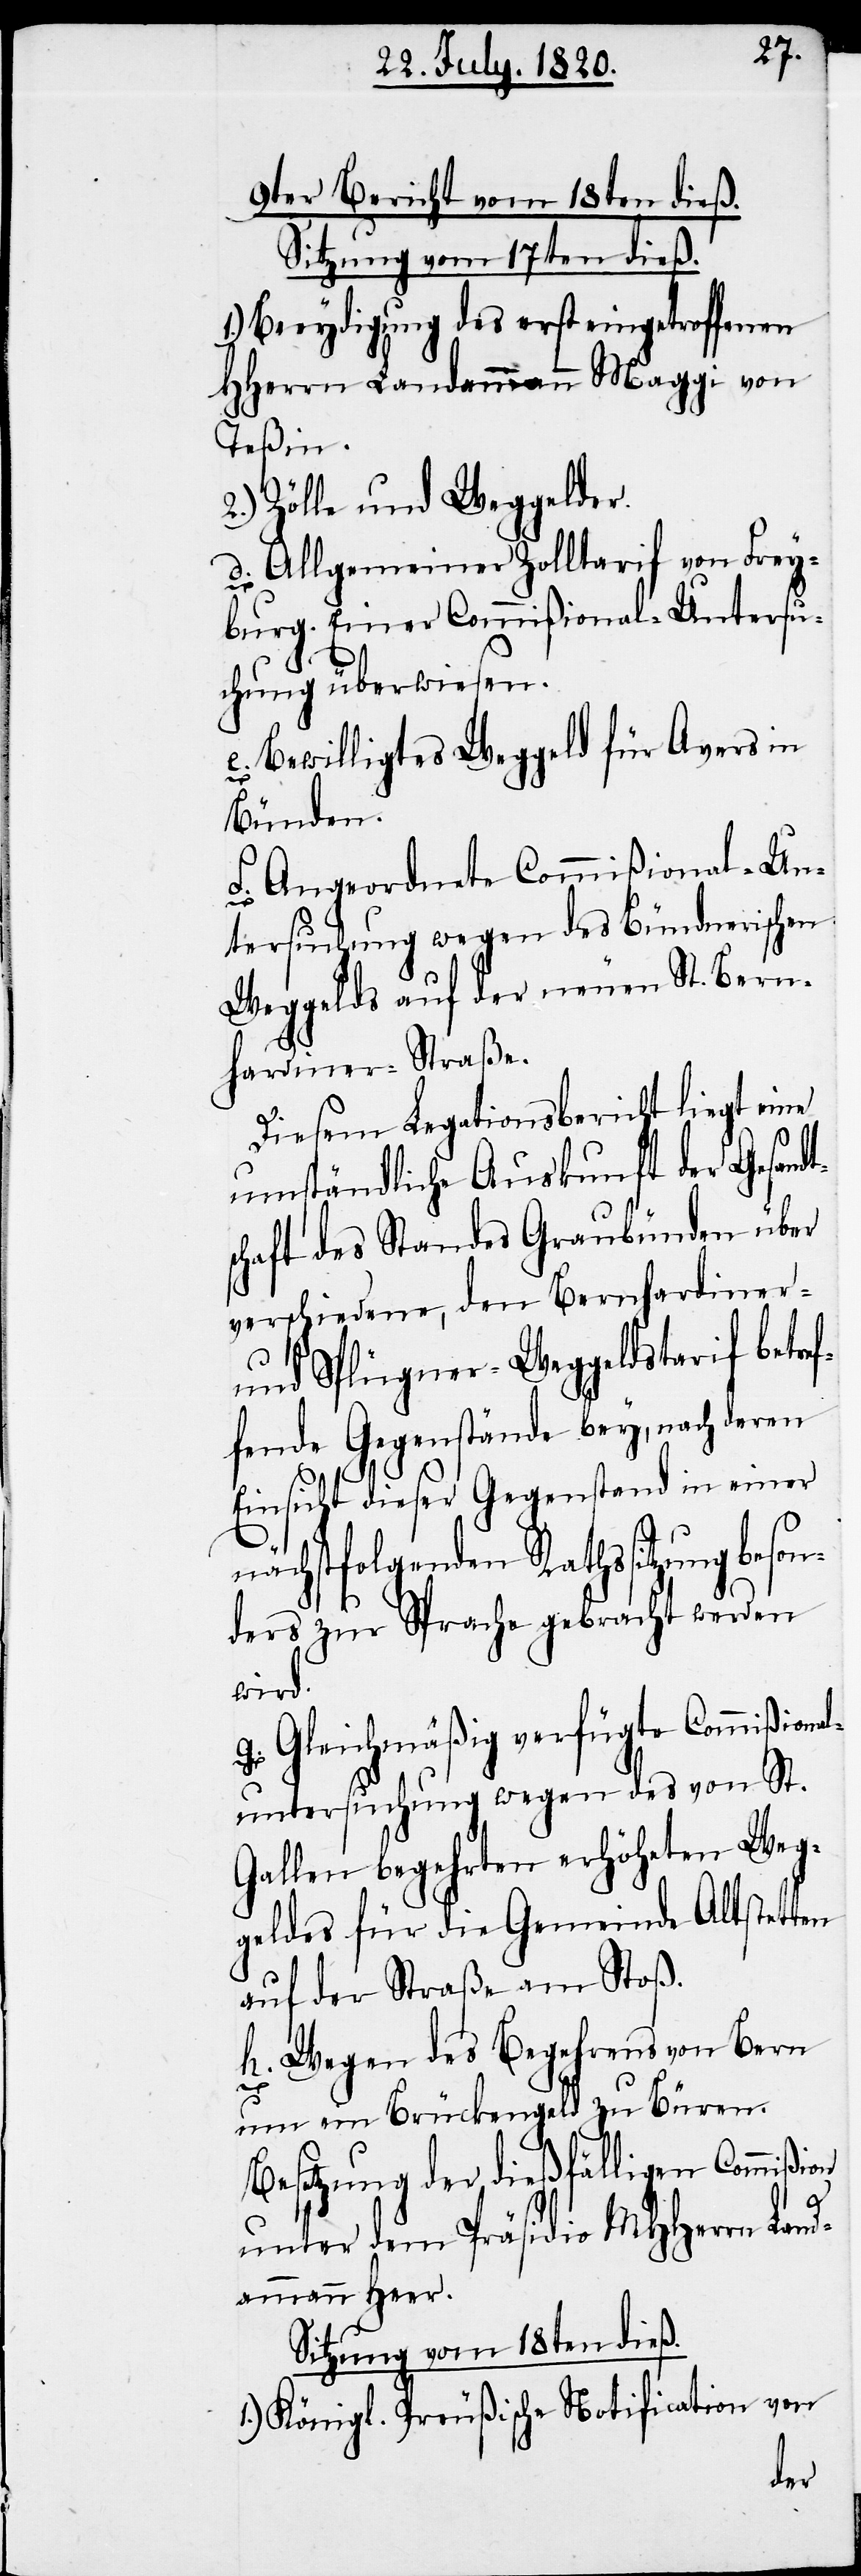
9ter Bericht vom 18ten dieß.
Sitzung vom 17ten dieß.
Beeydigung des erst eingetroffenen
HHerrn Landammann Maggi von
Teßin.
2.) Zölle und Weggelder.
d. Allgemeiner Zolltarif von Frey¬
burg. Einer Commißional-Untersu¬
chung überwiesen.
e. Bewilligtes Weggeld für Avers in
Bünden.
f. Angeordnete Commißional-Un¬
tersuchung wegen des Bündnerischen
Weggelds auf der neuen St. Bern¬
hardiner-Straße.
Diesem Legationsbericht liegt eine
umständliche Auskunft der Gesandt¬
schaft des Standes Graubünden über
verschiedene, den Bernhardiner-
und Splügner-Weggeldstarif betref¬
fende Gegenstände bey, nach deren
Einsicht dieser Gegenstand in einer
nächstfolgenden Rathssitzung beson¬
ders zur Sprache gebracht werden
wird.
g. Gleichmäßig verfügte Comißional¬
untersuchung wegen des von St.
Gallen begehrten erhöheten Weg¬
geldes für die Gemeinde Altstetten
auf der Straße am Stoß.
h. Wegen des Begehrens von Bern
on
um ein Brückengeld zu Büren.
Besetzung der dießfälligen Commißi¬
unter dem Präsidio MHHerrn Land¬
ammann Heer.
Sitzung vom 18ten dieß.
1.) Königl. Preußische Notification von